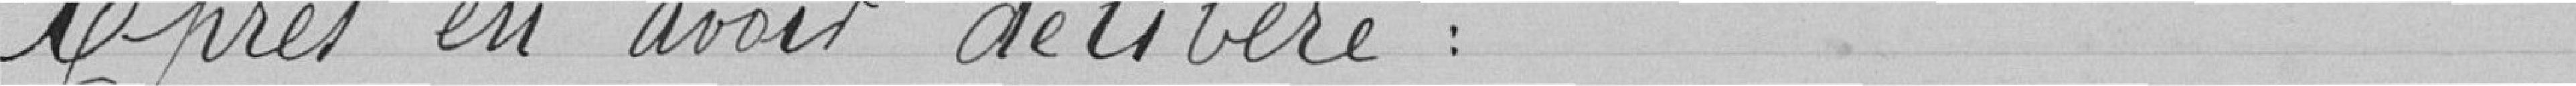
Après en avoir délibéré :